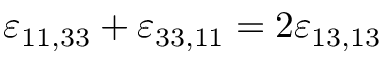
\varepsilon _ { 1 1 , 3 3 } + \varepsilon _ { 3 3 , 1 1 } = 2 \varepsilon _ { 1 3 , 1 3 }